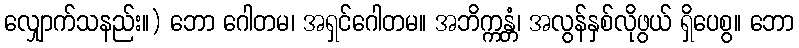
လျှောက်သနည်း။) ဘော ဂေါတမ၊ အရှင်ဂေါတမ။ အဘိက္ကန္တံ၊ အလွန်နှစ်လိုဖွယ် ရှိပေစွ။ ဘော